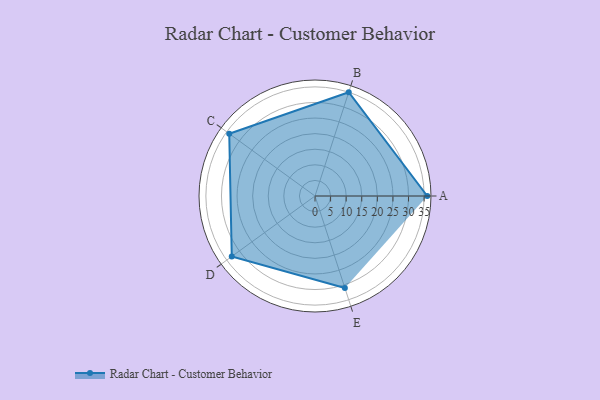
{"axis": {"x": "Skill", "y": "Score"}, "legend": ["Profile"], "data": [{"x": "A", "y": 36.0, "type": "Profile"}, {"x": "B", "y": 35.0, "type": "Profile"}, {"x": "C", "y": 34.0, "type": "Profile"}, {"x": "D", "y": 33.0, "type": "Profile"}, {"x": "E", "y": 31.0, "type": "Profile"}]}